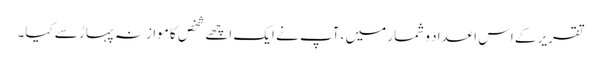
تقریر کے اس اعداد و شمار میں ، آپ نے ایک اچھے شخص کا موازنہ پہاڑ سے کیا۔